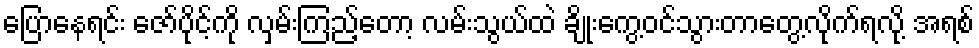
ပြောနေရင်း ဇော်ပိုင့်ကို လှမ်းကြည့်တော့ လမ်းသွယ်ထဲ ချိုးကွေ့ဝင်သွားတာတွေ့လိုက်ရလို့ အရစ်